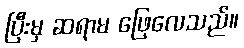
ပြီးမှ ဆရာမ ဖြေလေသည်။